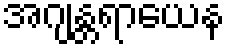
အဂျန္တရာယေန